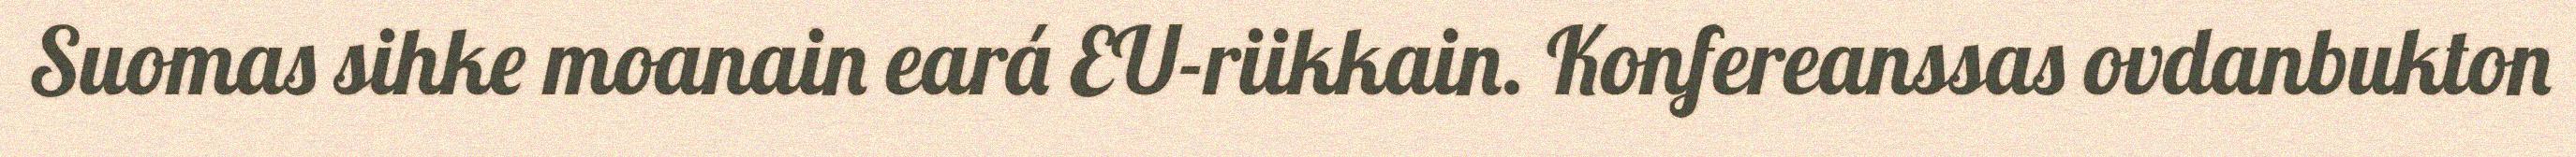
Suomas sihke moanain eará EU-riikkain. Konfereanssas ovdanbukton